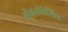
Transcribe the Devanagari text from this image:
वोइवोडेशिप